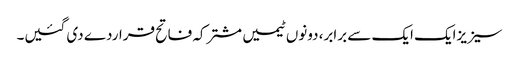
سیزیزایک ایک سے برابر، دونوں ٹیمیں مشترکہ فاتح قراردے دی گئیں۔